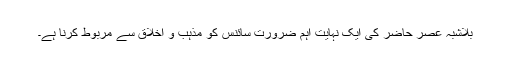
بِلاشبہ عصر حاضر کی ایک نہایت اہم ضرورت سائنس کو مذہب و اخلاق سے مربوط کرنا ہے۔